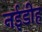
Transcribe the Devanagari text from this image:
नईडीह